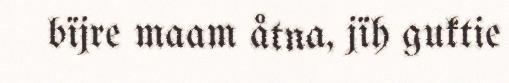
bïjre maam åtna, jïh guktie